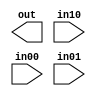
// ========== Copyright Header Begin ==========================================
// 
// OpenSPARC T2 Processor File: cl_u1.v
// Copyright (C) 1995-2007 Sun Microsystems, Inc. All Rights Reserved
// 4150 Network Circle, Santa Clara, California 95054, U.S.A.
//
// * DO NOT ALTER OR REMOVE COPYRIGHT NOTICES OR THIS FILE HEADER. 
//
// This program is free software; you can redistribute it and/or modify
// it under the terms of the GNU General Public License as published by
// the Free Software Foundation; version 2 of the License.
//
// This program is distributed in the hope that it will be useful,
// but WITHOUT ANY WARRANTY; without even the implied warranty of
// MERCHANTABILITY or FITNESS FOR A PARTICULAR PURPOSE.  See the
// GNU General Public License for more details.
//
// You should have received a copy of the GNU General Public License
// along with this program; if not, write to the Free Software
// Foundation, Inc., 59 Temple Place, Suite 330, Boston, MA  02111-1307  USA
// 
// For the avoidance of doubt, and except that if any non-GPL license 
// choice is available it will apply instead, Sun elects to use only 
// the General Public License version 2 (GPLv2) at this time for any 
// software where a choice of GPL license versions is made 
// available with the language indicating that GPLv2 or any later version 
// may be used, or where a choice of which version of the GPL is applied is 
// otherwise unspecified. 
//
// Please contact Sun Microsystems, Inc., 4150 Network Circle, Santa Clara, 
// CA 95054 USA or visit www.sun.com if you need additional information or 
// have any questions. 
// 
// ========== Copyright Header End ============================================
module cl_u1_aoi12_12x (
    out,
    in10,
    in00,
    in01 );

    output out;
    input  in10;
    input  in00;
    input  in01;

`ifdef LIB
    assign out = ~(( in10 ) | ( in00 & in01 ));
`endif

endmodule
// --------------------------------------------------
// Auto generated verilog module by HnBCellAuto
//
// By: balmiki
// --------------------------------------------------
// 
module cl_u1_aoi12_16x (
    out,
    in10,
    in00,
    in01 );

    output out;
    input  in10;
    input  in00;
    input  in01;

`ifdef LIB
    assign out = ~(( in10 ) | ( in00 & in01 ));
`endif

endmodule
// --------------------------------------------------
// Auto generated verilog module by HnBCellAuto
//
// By: balmiki
// --------------------------------------------------
// 
module cl_u1_aoi12_1x (
    out,
    in10,
    in00,
    in01 );

    output out;
    input  in10;
    input  in00;
    input  in01;

`ifdef LIB
    assign out = ~(( in10 ) | ( in00 & in01 ));
`endif

endmodule
// --------------------------------------------------
// Auto generated verilog module by HnBCellAuto
//
// By: balmiki
// --------------------------------------------------
// 
module cl_u1_aoi12_2x (
    out,
    in10,
    in00,
    in01 );

    output out;
    input  in10;
    input  in00;
    input  in01;

`ifdef LIB
    assign out = ~(( in10 ) | ( in00 & in01 ));
`endif

endmodule
// --------------------------------------------------
// Auto generated verilog module by HnBCellAuto
//
// By: balmiki
// --------------------------------------------------
// 
module cl_u1_aoi12_4x (
    out,
    in10,
    in00,
    in01 );

    output out;
    input  in10;
    input  in00;
    input  in01;

`ifdef LIB
    assign out = ~(( in10 ) | ( in00 & in01 ));
`endif

endmodule
// --------------------------------------------------
// Auto generated verilog module by HnBCellAuto
//
// By: balmiki
// --------------------------------------------------
// 
module cl_u1_aoi12_8x (
    out,
    in10,
    in00,
    in01 );

    output out;
    input  in10;
    input  in00;
    input  in01;

`ifdef LIB
    assign out = ~(( in10 ) | ( in00 & in01 ));
`endif

endmodule
// --------------------------------------------------
// Auto generated verilog module by HnBCellAuto
//
// By: balmiki
// --------------------------------------------------
// 
module cl_u1_aoi21_12x (
    out,
    in10,
    in11,
    in00 );

    output out;
    input  in10;
    input  in11;
    input  in00;

`ifdef LIB
    assign out = ~(( in10 & in11 ) | ( in00 ));
`endif

endmodule
// --------------------------------------------------
// Auto generated verilog module by HnBCellAuto
//
// By: balmiki
// --------------------------------------------------
// 
module cl_u1_aoi21_16x (
    out,
    in10,
    in11,
    in00 );

    output out;
    input  in10;
    input  in11;
    input  in00;

`ifdef LIB
    assign out = ~(( in10 & in11 ) | ( in00 ));
`endif

endmodule
// --------------------------------------------------
// Auto generated verilog module by HnBCellAuto
//
// By: balmiki
// --------------------------------------------------
// 
module cl_u1_aoi21_1x (
    out,
    in10,
    in11,
    in00 );

    output out;
    input  in10;
    input  in11;
    input  in00;

`ifdef LIB
    assign out = ~(( in10 & in11 ) | ( in00 ));
`endif

endmodule
// --------------------------------------------------
// Auto generated verilog module by HnBCellAuto
//
// By: balmiki
// --------------------------------------------------
// 
module cl_u1_aoi21_2x (
    out,
    in10,
    in11,
    in00 );

    output out;
    input  in10;
    input  in11;
    input  in00;

`ifdef LIB
    assign out = ~(( in10 & in11 ) | ( in00 ));
`endif

endmodule
// --------------------------------------------------
// Auto generated verilog module by HnBCellAuto
//
// By: balmiki
// --------------------------------------------------
// 
module cl_u1_aoi21_4x (
    out,
    in10,
    in11,
    in00 );

    output out;
    input  in10;
    input  in11;
    input  in00;

`ifdef LIB
    assign out = ~(( in10 & in11 ) | ( in00 ));
`endif

endmodule
// --------------------------------------------------
// Auto generated verilog module by HnBCellAuto
//
// By: balmiki
// --------------------------------------------------
// 
module cl_u1_aoi21_8x (
    out,
    in10,
    in11,
    in00 );

    output out;
    input  in10;
    input  in11;
    input  in00;

`ifdef LIB
    assign out = ~(( in10 & in11 ) | ( in00 ));
`endif

endmodule
// --------------------------------------------------
// Auto generated verilog module by HnBCellAuto
//
// By: balmiki
// --------------------------------------------------
// 
module cl_u1_aoi22_12x (
    out,
    in10,
    in11,
    in00,
    in01 );

    output out;
    input  in10;
    input  in11;
    input  in00;
    input  in01;

`ifdef LIB
    assign out = ~(( in10 & in11 ) | ( in00 & in01 ));
`endif

endmodule

// --------------------------------------------------
// Auto generated verilog module by HnBCellAuto
//
// By: balmiki
// --------------------------------------------------
// 
module cl_u1_aoi22_1x (
    out,
    in10,
    in11,
    in00,
    in01 );

    output out;
    input  in10;
    input  in11;
    input  in00;
    input  in01;

`ifdef LIB
    assign out = ~(( in10 & in11 ) | ( in00 & in01 ));
`endif

endmodule
// --------------------------------------------------
// Auto generated verilog module by HnBCellAuto
//
// By: balmiki
// --------------------------------------------------
// 
module cl_u1_aoi22_2x (
    out,
    in10,
    in11,
    in00,
    in01 );

    output out;
    input  in10;
    input  in11;
    input  in00;
    input  in01;

`ifdef LIB
    assign out = ~(( in10 & in11 ) | ( in00 & in01 ));
`endif

endmodule

//`ifdef FPGA
//`else

// --------------------------------------------------
// Auto generated verilog module by HnBCellAuto
//
// By: balmiki
// --------------------------------------------------
// 
module cl_u1_aoi22_4x (
    out,
    in10,
    in11,
    in00,
    in01 );

    output out;
    input  in10;
    input  in11;
    input  in00;
    input  in01;

`ifdef LIB
    assign out = ~(( in10 & in11 ) | ( in00 & in01 ));
`endif

endmodule
//`endif // `ifdef FPGA

// --------------------------------------------------
// Auto generated verilog module by HnBCellAuto
//
// By: balmiki
// --------------------------------------------------
// 
module cl_u1_aoi22_8x (
    out,
    in10,
    in11,
    in00,
    in01 );

    output out;
    input  in10;
    input  in11;
    input  in00;
    input  in01;

`ifdef LIB
    assign out = ~(( in10 & in11 ) | ( in00 & in01 ));
`endif

endmodule


// --------------------------------------------------
// Auto generated verilog module by HnBCellAuto
//
// By: balmiki
// --------------------------------------------------
// 
module cl_u1_aoi33_1x (
    out,
    in10,
    in11,
    in12,
    in00,
    in01,
    in02 );

    output out;
    input  in10;
    input  in11;
    input  in12;
    input  in00;
    input  in01;
    input  in02;

`ifdef LIB
    assign out = ~(( in10 & in11 & in12 ) | ( in00 & in01 & in02 ));
`endif

endmodule
// --------------------------------------------------
// Auto generated verilog module by HnBCellAuto
//
// By: balmiki
// --------------------------------------------------
// 
module cl_u1_aoi33_2x (
    out,
    in10,
    in11,
    in12,
    in00,
    in01,
    in02 );

    output out;
    input  in10;
    input  in11;
    input  in12;
    input  in00;
    input  in01;
    input  in02;

`ifdef LIB
    assign out = ~(( in10 & in11 & in12 ) | ( in00 & in01 & in02 ));
`endif

endmodule
// --------------------------------------------------
// Auto generated verilog module by HnBCellAuto
//
// By: balmiki
// --------------------------------------------------
// 
module cl_u1_aoi33_4x (
    out,
    in10,
    in11,
    in12,
    in00,
    in01,
    in02 );

    output out;
    input  in10;
    input  in11;
    input  in12;
    input  in00;
    input  in01;
    input  in02;

`ifdef LIB
    assign out = ~(( in10 & in11 & in12 ) | ( in00 & in01 & in02 ));
`endif

endmodule
// --------------------------------------------------
// Auto generated verilog module by HnBCellAuto
//
// By: balmiki
// --------------------------------------------------
// 
module cl_u1_aoi33_8x (
    out,
    in10,
    in11,
    in12,
    in00,
    in01,
    in02 );

    output out;
    input  in10;
    input  in11;
    input  in12;
    input  in00;
    input  in01;
    input  in02;

`ifdef LIB
    assign out = ~(( in10 & in11 & in12 ) | ( in00 & in01 & in02 ));
`endif

endmodule
module cl_u1_rep_lvt_32x (
in,
out
);
input	in;
output	out;

`ifdef LIB
//assign out = in;
buf (out, in);
`endif

endmodule
module cl_u1_rep_lvt_48x (
in,
out
);
input	in;
output	out;

`ifdef LIB
//assign out = in;
buf (out, in);
`endif

endmodule
module cl_u1_rep_32x (
in,
out
);
input	in;
output	out;

`ifdef LIB
//assign out = in;
buf (out, in);
`endif

endmodule
module cl_u1_rep_40x (
in,
out
);
input	in;
output	out;

`ifdef LIB
//assign out = in;
buf (out, in);
`endif

endmodule
module cl_u1_rep_24x (
in,
out
);
input	in;
output	out;

`ifdef LIB
//assign out = in;
buf (out, in);
`endif

endmodule
module cl_u1_rep_16x (
in,
out
);
input	in;
output	out;

`ifdef LIB
//assign out = in;
buf (out, in);
`endif

endmodule
module cl_u1_rep_8x (
in,
out
);
input	in;
output	out;

`ifdef LIB
//assign out = in;
buf (out, in);
`endif

endmodule
module cl_u1_rep_48x (
in,
out
);
input	in;
output	out;

`ifdef LIB
//assign out = in;
buf (out, in);
`endif

endmodule
module cl_u1_rep_dcp2x_32x (
in,
out
);
input	in;
output	out;

`ifdef LIB
//assign out = in;
buf (out, in);
`endif

endmodule

module cl_u1_rep_dcp2x_16x (
in,
out
);
input	in;
output	out;

`ifdef LIB
//assign out = in;
buf (out, in);
`endif

endmodule
module cl_u1_rep_dcp2x_24x (
in,
out
);
input	in;
output	out;

`ifdef LIB
//assign out = in;
buf (out, in);
`endif

endmodule
module cl_u1_rep_dcp2x_40x (
in,
out
);
input	in;
output	out;

`ifdef LIB
//assign out = in;
buf (out, in);
`endif

endmodule
module cl_u1_rep_dcp2x_48x (
in,
out
);
input	in;
output	out;

`ifdef LIB
//assign out = in;
buf (out, in);
`endif

endmodule
module cl_u1_rep_dcp_32x (
in,
out
);
input	in;
output	out;

`ifdef LIB
//assign out = in;
buf (out, in);
`endif

endmodule

module cl_u1_rep_dcp_16x (
in,
out
);
input	in;
output	out;

`ifdef LIB
//assign out = in;
buf (out, in);
`endif

endmodule
module cl_u1_rep_dcp_24x (
in,
out
);
input	in;
output	out;

`ifdef LIB
//assign out = in;
buf (out, in);
`endif

endmodule
module cl_u1_rep_dcp_40x (
in,
out
);
input	in;
output	out;

`ifdef LIB
//assign out = in;
buf (out, in);
`endif

endmodule
module cl_u1_rep_dcp_48x (
in,
out
);
input	in;
output	out;

`ifdef LIB
//assign out = in;
buf (out, in);
`endif

endmodule
module cl_u1_rep_dcp50k_48x (
in,
out
);
input	in;
output	out;

`ifdef LIB
//assign out = in;
buf (out, in);
`endif

endmodule
module cl_u1_rep_dcp50k_32x (
in,
out
);
input	in;
output	out;

`ifdef LIB
//assign out = in;
buf (out, in);
`endif

endmodule
module cl_u1_rep_dcp50k_40x (
in,
out
);
input	in;
output	out;

`ifdef LIB
//assign out = in;
buf (out, in);
`endif

endmodule

module cl_u1_buf_12x (
in,
out
);
input	in;
output	out;

`ifdef LIB
//assign out = in;
buf (out, in);
`endif

endmodule
//`ifdef FPGA
//`else

module cl_u1_buf_16x (
in,
out
);
input	in;
output	out;

`ifdef LIB
//assign out = in;
buf (out, in);
`endif

endmodule

//`endif // `ifdef FPGA

module cl_u1_buf_1x (
in,
out
);
input	in;
output	out;

`ifdef LIB
//assign out = in;
buf (out, in);
`endif

endmodule
module cl_u1_buf_20x (
in,
out
);
input	in;
output	out;

`ifdef LIB
//assign out = in;
buf (out, in);
`endif

endmodule
module cl_u1_buf_24x (
in,
out
);
input	in;
output	out;

`ifdef LIB
//assign out = in;
buf (out, in);
`endif

endmodule
module cl_u1_buf_28x (
in,
out
);
input	in;
output	out;

`ifdef LIB
//assign out = in;
buf (out, in);
`endif

endmodule
module cl_u1_buf_2x (
in,
out
);
input	in;
output	out;

`ifdef LIB
//assign out = in;
buf (out, in);
`endif

endmodule

//`ifdef FPGA
//`else

module cl_u1_buf_32x (
in,
out
);
input	in;
output	out;

`ifdef LIB
//assign out = in;
buf (out, in);
`endif

endmodule

//`endif // `ifdef FPGA


module cl_u1_buf_36x (
in,
out
);
input	in;
output	out;

`ifdef LIB
//assign out = in;
buf (out, in);
`endif

endmodule
module cl_u1_buf_40x (
in,
out
);
input	in;
output	out;

`ifdef LIB
//assign out = in;
buf (out, in);
`endif

endmodule
module cl_u1_buf_44x (
in,
out
);
input	in;
output	out;

`ifdef LIB
//assign out = in;
buf (out, in);
`endif

endmodule
module cl_u1_buf_48x (
in,
out
);
input	in;
output	out;

`ifdef LIB
//assign out = in;
buf (out, in);
`endif

endmodule
module cl_u1_buf_4x (
in,
out
);
input	in;
output	out;

`ifdef LIB
//assign out = in;
buf (out, in);
`endif

endmodule
module cl_u1_buf_56x (
in,
out
);
input	in;
output	out;

`ifdef LIB
//assign out = in;
buf (out, in);
`endif

endmodule
module cl_u1_buf_64x (
in,
out
);
input	in;
output	out;

`ifdef LIB
//assign out = in;
buf (out, in);
`endif

endmodule
module cl_u1_buf_6x (
in,
out
);
input	in;
output	out;

`ifdef LIB
//assign out = in;
buf (out, in);
`endif

endmodule

//`ifdef FPGA
//`else

module cl_u1_buf_8x (
in,
out
);
input	in;
output	out;

`ifdef LIB
//assign out = in;
buf (out, in);
`endif

endmodule
//`endif // `ifdef FPGA


module cl_u1_bufmin_15ps_32x (
in,
out
);
input	in;
output	out;

`ifdef LIB
//assign out = in;
buf (out, in);
`endif

endmodule
module cl_u1_bufmin_1x (
in,
out
);
input	in;
output	out;

`ifdef LIB
//assign out = in;
buf (out, in);
`endif

endmodule
module cl_u1_bufmin_4x (
in,
out
);
input	in;
output	out;

`ifdef LIB
//assign out = in;
buf (out, in);
`endif

endmodule
module cl_u1_bufmin_8x (
in,
out
);
input	in;
output	out;

`ifdef LIB
//assign out = in;
buf (out, in);
`endif

endmodule
module cl_u1_bufmin_16x (
in,
out
);
input	in;
output	out;

`ifdef LIB
//assign out = in;
buf (out, in);
`endif

endmodule
module cl_u1_bufmin_32x (
in,
out
);
input	in;
output	out;

`ifdef LIB
//assign out = in;
buf (out, in);
`endif

endmodule
module cl_u1_csa32_16x (
in0,
in1,
in2,
carry,
sum
);
input 	in0;
input 	in1;
input 	in2;
output 	carry;
output 	sum;

`ifdef LIB
  assign carry = (in0 & in1) | (in0 & in2) | (in1 & in2);
  assign sum = (in0 ^ in1 ^ in2);
`endif

endmodule
module cl_u1_csa32_4x (
in0,
in1,
in2,
carry,
sum
);
input 	in0;
input 	in1;
input 	in2;
output 	carry;
output 	sum;

`ifdef LIB
  assign carry = (in0 & in1) | (in0 & in2) | (in1 & in2);
  assign sum = (in0 ^ in1 ^ in2);
`endif

endmodule
module cl_u1_csa32_8x (
in0,
in1,
in2,
carry,
sum
);
input 	in0;
input 	in1;
input 	in2;
output 	carry;
output 	sum;

`ifdef LIB
  assign carry = (in0 & in1) | (in0 & in2) | (in1 & in2);
  assign sum = (in0 ^ in1 ^ in2);
`endif

endmodule
module cl_u1_csa42_16x (
in0,
in1,
in2,
in3,
cin,
cout,
carry,
sum
);
input 	in0;
input 	in1;
input 	in2;
input 	in3;
input   cin;
output  cout;
output 	carry;
output 	sum;

`ifdef LIB
  assign cout  = (in1 & in2) | (in0 & in2) | (in0 & in1);

  assign sum   = (~in0 & ~in1 & ~in2 & ~in3 &  cin) |
                 (~in0 & ~in1 & ~in2 &  in3 & ~cin) |
                 (~in0 & ~in1 &  in2 & ~in3 & ~cin) |
                 (~in0 & ~in1 &  in2 &  in3 &  cin) |

                 (~in0 &  in1 & ~in2 & ~in3 & ~cin) |
                 (~in0 &  in1 & ~in2 &  in3 &  cin) |
                 (~in0 &  in1 &  in2 & ~in3 &  cin) |
                 (~in0 &  in1 &  in2 &  in3 & ~cin) |

                 ( in0 & ~in1 & ~in2 & ~in3 & ~cin) |
                 ( in0 & ~in1 & ~in2 &  in3 &  cin) |
                 ( in0 & ~in1 &  in2 & ~in3 &  cin) |
                 ( in0 & ~in1 &  in2 &  in3 & ~cin) |

                 ( in0 &  in1 & ~in2 & ~in3 &  cin) |
                 ( in0 &  in1 & ~in2 &  in3 & ~cin) |
                 ( in0 &  in1 &  in2 & ~in3 & ~cin) |
                 ( in0 &  in1 &  in2 &  in3 &  cin);

  assign carry = (~in0 & ~in1 & ~in2 & ~in3 & 1'b0) |
                 (~in0 & ~in1 & ~in2 &  in3 &  cin) |
                 (~in0 & ~in1 &  in2 & ~in3 &  cin) |
                 (~in0 & ~in1 &  in2 &  in3 & 1'b1) |

                 (~in0 &  in1 & ~in2 & ~in3 &  cin) |
                 (~in0 &  in1 & ~in2 &  in3 & 1'b1) |
                 (~in0 &  in1 &  in2 & ~in3 & 1'b0) |
                 (~in0 &  in1 &  in2 &  in3 &  cin) |

                 ( in0 & ~in1 & ~in2 & ~in3 &  cin) |
                 ( in0 & ~in1 & ~in2 &  in3 & 1'b1) |
                 ( in0 & ~in1 &  in2 & ~in3 & 1'b0) |
                 ( in0 & ~in1 &  in2 &  in3 &  cin) |

                 ( in0 &  in1 & ~in2 & ~in3 & 1'b0) |
                 ( in0 &  in1 & ~in2 &  in3 &  cin) |
                 ( in0 &  in1 &  in2 & ~in3 &  cin) |
                 ( in0 &  in1 &  in2 &  in3 & 1'b1);



`endif

endmodule
module cl_u1_csa42_4x (
in0,
in1,
in2,
in3,
cin,
cout,
carry,
sum
);
input 	in0;
input 	in1;
input 	in2;
input 	in3;
input   cin;
output  cout;
output 	carry;
output 	sum;

`ifdef LIB
  assign cout  = (in1 & in2) | (in0 & in2) | (in0 & in1);

  assign sum   = (~in0 & ~in1 & ~in2 & ~in3 &  cin) |
                 (~in0 & ~in1 & ~in2 &  in3 & ~cin) |
                 (~in0 & ~in1 &  in2 & ~in3 & ~cin) |
                 (~in0 & ~in1 &  in2 &  in3 &  cin) |

                 (~in0 &  in1 & ~in2 & ~in3 & ~cin) |
                 (~in0 &  in1 & ~in2 &  in3 &  cin) |
                 (~in0 &  in1 &  in2 & ~in3 &  cin) |
                 (~in0 &  in1 &  in2 &  in3 & ~cin) |

                 ( in0 & ~in1 & ~in2 & ~in3 & ~cin) |
                 ( in0 & ~in1 & ~in2 &  in3 &  cin) |
                 ( in0 & ~in1 &  in2 & ~in3 &  cin) |
                 ( in0 & ~in1 &  in2 &  in3 & ~cin) |

                 ( in0 &  in1 & ~in2 & ~in3 &  cin) |
                 ( in0 &  in1 & ~in2 &  in3 & ~cin) |
                 ( in0 &  in1 &  in2 & ~in3 & ~cin) |
                 ( in0 &  in1 &  in2 &  in3 &  cin);

  assign carry = (~in0 & ~in1 & ~in2 & ~in3 & 1'b0) |
                 (~in0 & ~in1 & ~in2 &  in3 &  cin) |
                 (~in0 & ~in1 &  in2 & ~in3 &  cin) |
                 (~in0 & ~in1 &  in2 &  in3 & 1'b1) |

                 (~in0 &  in1 & ~in2 & ~in3 &  cin) |
                 (~in0 &  in1 & ~in2 &  in3 & 1'b1) |
                 (~in0 &  in1 &  in2 & ~in3 & 1'b0) |
                 (~in0 &  in1 &  in2 &  in3 &  cin) |

                 ( in0 & ~in1 & ~in2 & ~in3 &  cin) |
                 ( in0 & ~in1 & ~in2 &  in3 & 1'b1) |
                 ( in0 & ~in1 &  in2 & ~in3 & 1'b0) |
                 ( in0 & ~in1 &  in2 &  in3 &  cin) |

                 ( in0 &  in1 & ~in2 & ~in3 & 1'b0) |
                 ( in0 &  in1 & ~in2 &  in3 &  cin) |
                 ( in0 &  in1 &  in2 & ~in3 &  cin) |
                 ( in0 &  in1 &  in2 &  in3 & 1'b1);



`endif

endmodule
module cl_u1_csa42_8x (
in0,
in1,
in2,
in3,
cin,
cout,
carry,
sum
);
input 	in0;
input 	in1;
input 	in2;
input 	in3;
input   cin;
output  cout;
output 	carry;
output 	sum;

`ifdef LIB
  assign cout  = (in1 & in2) | (in0 & in2) | (in0 & in1);

  assign sum   = (~in0 & ~in1 & ~in2 & ~in3 &  cin) |
                 (~in0 & ~in1 & ~in2 &  in3 & ~cin) |
                 (~in0 & ~in1 &  in2 & ~in3 & ~cin) |
                 (~in0 & ~in1 &  in2 &  in3 &  cin) |

                 (~in0 &  in1 & ~in2 & ~in3 & ~cin) |
                 (~in0 &  in1 & ~in2 &  in3 &  cin) |
                 (~in0 &  in1 &  in2 & ~in3 &  cin) |
                 (~in0 &  in1 &  in2 &  in3 & ~cin) |

                 ( in0 & ~in1 & ~in2 & ~in3 & ~cin) |
                 ( in0 & ~in1 & ~in2 &  in3 &  cin) |
                 ( in0 & ~in1 &  in2 & ~in3 &  cin) |
                 ( in0 & ~in1 &  in2 &  in3 & ~cin) |

                 ( in0 &  in1 & ~in2 & ~in3 &  cin) |
                 ( in0 &  in1 & ~in2 &  in3 & ~cin) |
                 ( in0 &  in1 &  in2 & ~in3 & ~cin) |
                 ( in0 &  in1 &  in2 &  in3 &  cin);

  assign carry = (~in0 & ~in1 & ~in2 & ~in3 & 1'b0) |
                 (~in0 & ~in1 & ~in2 &  in3 &  cin) |
                 (~in0 & ~in1 &  in2 & ~in3 &  cin) |
                 (~in0 & ~in1 &  in2 &  in3 & 1'b1) |

                 (~in0 &  in1 & ~in2 & ~in3 &  cin) |
                 (~in0 &  in1 & ~in2 &  in3 & 1'b1) |
                 (~in0 &  in1 &  in2 & ~in3 & 1'b0) |
                 (~in0 &  in1 &  in2 &  in3 &  cin) |

                 ( in0 & ~in1 & ~in2 & ~in3 &  cin) |
                 ( in0 & ~in1 & ~in2 &  in3 & 1'b1) |
                 ( in0 & ~in1 &  in2 & ~in3 & 1'b0) |
                 ( in0 & ~in1 &  in2 &  in3 &  cin) |

                 ( in0 &  in1 & ~in2 & ~in3 & 1'b0) |
                 ( in0 &  in1 & ~in2 &  in3 &  cin) |
                 ( in0 &  in1 &  in2 & ~in3 &  cin) |
                 ( in0 &  in1 &  in2 &  in3 & 1'b1);



`endif

endmodule
module cl_u1_inv_12x (
in,
out
);
input	in;
output	out;

`ifdef LIB
//assign out = ~in;
not (out, in);
`endif

endmodule

//`ifdef FPGA
//`else

module cl_u1_inv_16x (
in,
out
);
input	in;
output	out;

`ifdef LIB
//assign out = ~in;
not (out, in);
`endif

endmodule
//`endif // `ifdef FPGA

module cl_u1_inv_1x (
in,
out
);
input	in;
output	out;

`ifdef LIB
//assign out = ~in;
not (out, in);
`endif

endmodule
module cl_u1_inv_20x (
in,
out
);
input	in;
output	out;

`ifdef LIB
//assign out = ~in;
not (out, in);
`endif

endmodule
module cl_u1_inv_24x (
in,
out
);
input	in;
output	out;

`ifdef LIB
//assign out = ~in;
not (out, in);
`endif

endmodule
module cl_u1_inv_28x (
in,
out
);
input	in;
output	out;

`ifdef LIB
//assign out = ~in;
not (out, in);
`endif

endmodule
module cl_u1_inv_2x (
in,
out
);
input	in;
output	out;

`ifdef LIB
//assign out = ~in;
not (out, in);
`endif

endmodule

//`ifdef FPGA
//`else

module cl_u1_inv_32x (
in,
out
);
input	in;
output	out;

`ifdef LIB
//assign out = ~in;
not (out, in);
`endif

endmodule

//`endif // `ifdef FPGA


module cl_u1_inv_36x (
in,
out
);
input	in;
output	out;

`ifdef LIB
//assign out = ~in;
not (out, in);
`endif

endmodule
module cl_u1_inv_40x (
in,
out
);
input	in;
output	out;

`ifdef LIB
//assign out = ~in;
not (out, in);
`endif

endmodule
module cl_u1_inv_44x (
in,
out
);
input	in;
output	out;

`ifdef LIB
//assign out = ~in;
not (out, in);
`endif

endmodule
module cl_u1_inv_48x (
in,
out
);
input	in;
output	out;

`ifdef LIB
//assign out = ~in;
not (out, in);
`endif

endmodule
module cl_u1_inv_4x (
in,
out
);
input	in;
output	out;

`ifdef LIB
//assign out = ~in;
not (out, in);
`endif

endmodule
module cl_u1_inv_56x (
in,
out
);
input	in;
output	out;

`ifdef LIB
//assign out = ~in;
not (out, in);
`endif

endmodule
module cl_u1_inv_64x (
in,
out
);
input	in;
output	out;

`ifdef LIB
//assign out = ~in;
not (out, in);
`endif

endmodule
module cl_u1_inv_6x (
in,
out
);
input	in;
output	out;

`ifdef LIB
//assign out = ~in;
not (out, in);
`endif

endmodule

//`ifdef FPGA
//`else

module cl_u1_inv_8x (
in,
out
);
input	in;
output	out;

`ifdef LIB
//assign out = ~in;
not (out, in);
`endif

endmodule

//`endif // `ifdef FPGA


module cl_u1_nand2_12x (
in0,
in1,
out
);
input	in0;
input	in1;
output	out;

`ifdef LIB
assign out = ~(in0 & in1);
`endif

endmodule

//`ifdef FPGA
//`else

module cl_u1_nand2_16x (
in0,
in1,
out
);
input	in0;
input	in1;
output	out;

`ifdef LIB
assign out = ~(in0 & in1);
`endif

endmodule

//`endif // `ifdef FPGA


module cl_u1_nand2_1x (
in0,
in1,
out
);
input	in0;
input	in1;
output	out;

`ifdef LIB
assign out = ~(in0 & in1);
`endif

endmodule
module cl_u1_nand2_20x (
in0,
in1,
out
);
input	in0;
input	in1;
output	out;

`ifdef LIB
assign out = ~(in0 & in1);
`endif

endmodule
module cl_u1_nand2_24x (
in0,
in1,
out
);
input	in0;
input	in1;
output	out;

`ifdef LIB
assign out = ~(in0 & in1);
`endif

endmodule
module cl_u1_nand2_28x (
in0,
in1,
out
);
input	in0;
input	in1;
output	out;

`ifdef LIB
assign out = ~(in0 & in1);
`endif

endmodule
module cl_u1_nand2_2x (
in0,
in1,
out
);
input	in0;
input	in1;
output	out;

`ifdef LIB
assign out = ~(in0 & in1);
`endif

endmodule
module cl_u1_nand2_32x (
in0,
in1,
out
);
input	in0;
input	in1;
output	out;

`ifdef LIB
assign out = ~(in0 & in1);
`endif

endmodule
module cl_u1_nand2_4x (
in0,
in1,
out
);
input	in0;
input	in1;
output	out;

`ifdef LIB
assign out = ~(in0 & in1);
`endif

endmodule
module cl_u1_nand2_6x (
in0,
in1,
out
);
input	in0;
input	in1;
output	out;

`ifdef LIB
assign out = ~(in0 & in1);
`endif

endmodule

//`ifdef FPGA
//`else

module cl_u1_nand2_8x (
in0,
in1,
out
);
input	in0;
input	in1;
output	out;

`ifdef LIB
assign out = ~(in0 & in1);
`endif

endmodule

//`endif // `ifdef FPGA


module cl_u1_nand3_12x (
in0,
in1,
in2,
out
);
input	in0;
input	in1;
input	in2;
output	out;

`ifdef LIB
assign out = ~(in0 & in1 & in2);
`endif

endmodule
module cl_u1_nand3_16x (
in0,
in1,
in2,
out
);
input	in0;
input	in1;
input	in2;
output	out;

`ifdef LIB
assign out = ~(in0 & in1 & in2);
`endif

endmodule
module cl_u1_nand3_1x (
in0,
in1,
in2,
out
);
input	in0;
input	in1;
input	in2;
output	out;

`ifdef LIB
assign out = ~(in0 & in1 & in2);
`endif

endmodule
module cl_u1_nand3_20x (
in0,
in1,
in2,
out
);
input	in0;
input	in1;
input	in2;
output	out;

`ifdef LIB
assign out = ~(in0 & in1 & in2);
`endif

endmodule
module cl_u1_nand3_24x (
in0,
in1,
in2,
out
);
input	in0;
input	in1;
input	in2;
output	out;

`ifdef LIB
assign out = ~(in0 & in1 & in2);
`endif

endmodule

module cl_u1_nand3_2x (
in0,
in1,
in2,
out
);
input	in0;
input	in1;
input	in2;
output	out;

`ifdef LIB
assign out = ~(in0 & in1 & in2);
`endif

endmodule

module cl_u1_nand3_4x (
in0,
in1,
in2,
out
);
input	in0;
input	in1;
input	in2;
output	out;

`ifdef LIB
assign out = ~(in0 & in1 & in2);
`endif

endmodule
module cl_u1_nand3_6x (
in0,
in1,
in2,
out
);
input	in0;
input	in1;
input	in2;
output	out;

`ifdef LIB
assign out = ~(in0 & in1 & in2);
`endif

endmodule

//`ifdef FPGA
//`else

module cl_u1_nand3_8x (
in0,
in1,
in2,
out
);
input	in0;
input	in1;
input	in2;
output	out;

`ifdef LIB
assign out = ~(in0 & in1 & in2);
`endif

endmodule

//`endif // `ifdef FPGA



module cl_u1_nand4_12x (
in0,
in1,
in2,
in3,
out
);
input	in0;
input	in1;
input	in2;
input	in3;
output	out;

`ifdef LIB
assign out = ~(in0 & in1 & in2 & in3);
`endif

endmodule
module cl_u1_nand4_16x (
in0,
in1,
in2,
in3,
out
);
input	in0;
input	in1;
input	in2;
input	in3;
output	out;

`ifdef LIB
assign out = ~(in0 & in1 & in2 & in3);
`endif

endmodule
module cl_u1_nand4_1x (
in0,
in1,
in2,
in3,
out
);
input	in0;
input	in1;
input	in2;
input	in3;
output	out;

`ifdef LIB
assign out = ~(in0 & in1 & in2 & in3);
`endif

endmodule


module cl_u1_nand4_2x (
in0,
in1,
in2,
in3,
out
);
input	in0;
input	in1;
input	in2;
input	in3;
output	out;

`ifdef LIB
assign out = ~(in0 & in1 & in2 & in3);
`endif

endmodule

module cl_u1_nand4_4x (
in0,
in1,
in2,
in3,
out
);
input	in0;
input	in1;
input	in2;
input	in3;
output	out;

`ifdef LIB
assign out = ~(in0 & in1 & in2 & in3);
`endif

endmodule
module cl_u1_nand4_6x (
in0,
in1,
in2,
in3,
out
);
input	in0;
input	in1;
input	in2;
input	in3;
output	out;

`ifdef LIB
assign out = ~(in0 & in1 & in2 & in3);
`endif

endmodule
module cl_u1_nand4_8x (
in0,
in1,
in2,
in3,
out
);
input	in0;
input	in1;
input	in2;
input	in3;
output	out;

`ifdef LIB
assign out = ~(in0 & in1 & in2 & in3);
`endif

endmodule
module cl_u1_nor2_12x (
in0,
in1,
out
);
input	in0;
input	in1;
output	out;

`ifdef LIB
assign out = ~(in0 | in1);
`endif

endmodule

//`ifdef FPGA
//`else

module cl_u1_nor2_16x (
in0,
in1,
out
);
input	in0;
input	in1;
output	out;

`ifdef LIB
assign out = ~(in0 | in1);
`endif

endmodule

//`endif // `ifdef FPGA


module cl_u1_nor2_1x (
in0,
in1,
out
);
input	in0;
input	in1;
output	out;

`ifdef LIB
assign out = ~(in0 | in1);
`endif

endmodule
module cl_u1_nor2_2x (
in0,
in1,
out
);
input	in0;
input	in1;
output	out;

`ifdef LIB
assign out = ~(in0 | in1);
`endif

endmodule
module cl_u1_nor2_4x (
in0,
in1,
out
);
input	in0;
input	in1;
output	out;

`ifdef LIB
assign out = ~(in0 | in1);
`endif

endmodule
module cl_u1_nor2_6x (
in0,
in1,
out
);
input	in0;
input	in1;
output	out;

`ifdef LIB
assign out = ~(in0 | in1);
`endif

endmodule
module cl_u1_nor2_8x (
in0,
in1,
out
);
input	in0;
input	in1;
output	out;

`ifdef LIB
assign out = ~(in0 | in1);
`endif

endmodule
module cl_u1_nor3_1x (
in0,
in1,
in2,
out
);
input	in0;
input	in1;
input	in2;
output	out;

`ifdef LIB
assign out = ~(in0 | in1 | in2);
`endif

endmodule
module cl_u1_nor3_2x (
in0,
in1,
in2,
out
);
input	in0;
input	in1;
input	in2;
output	out;

`ifdef LIB
assign out = ~(in0 | in1 | in2);
`endif

endmodule

//`ifdef FPGA
//`else

module cl_u1_nor3_4x (
in0,
in1,
in2,
out
);
input	in0;
input	in1;
input	in2;
output	out;

`ifdef LIB
assign out = ~(in0 | in1 | in2);
`endif

endmodule

//`endif // `ifdef FPGA


// --------------------------------------------------
// Auto generated verilog module by HnBCellAuto
//
// By: balmiki
// --------------------------------------------------
// 
module cl_u1_oai12_12x (
    out,
    in10,
    in00,
    in01 );

    output out;
    input  in10;
    input  in00;
    input  in01;

`ifdef LIB
    assign out = ~(( in10 ) & ( in00 | in01 ));
`endif

endmodule
// --------------------------------------------------
// Auto generated verilog module by HnBCellAuto
//
// By: balmiki
// --------------------------------------------------
// 
module cl_u1_oai12_16x (
    out,
    in10,
    in00,
    in01 );

    output out;
    input  in10;
    input  in00;
    input  in01;

`ifdef LIB
    assign out = ~(( in10 ) & ( in00 | in01 ));
`endif

endmodule
// --------------------------------------------------
// Auto generated verilog module by HnBCellAuto
//
// By: balmiki
// --------------------------------------------------
// 
module cl_u1_oai12_1x (
    out,
    in10,
    in00,
    in01 );

    output out;
    input  in10;
    input  in00;
    input  in01;

`ifdef LIB
    assign out = ~(( in10 ) & ( in00 | in01 ));
`endif

endmodule
// --------------------------------------------------
// Auto generated verilog module by HnBCellAuto
//
// By: balmiki
// --------------------------------------------------
// 
module cl_u1_oai12_2x (
    out,
    in10,
    in00,
    in01 );

    output out;
    input  in10;
    input  in00;
    input  in01;

`ifdef LIB
    assign out = ~(( in10 ) & ( in00 | in01 ));
`endif

endmodule
// --------------------------------------------------
// Auto generated verilog module by HnBCellAuto
//
// By: balmiki
// --------------------------------------------------
// 
module cl_u1_oai12_4x (
    out,
    in10,
    in00,
    in01 );

    output out;
    input  in10;
    input  in00;
    input  in01;

`ifdef LIB
    assign out = ~(( in10 ) & ( in00 | in01 ));
`endif

endmodule
// --------------------------------------------------
// Auto generated verilog module by HnBCellAuto
//
// By: balmiki
// --------------------------------------------------
// 
module cl_u1_oai12_8x (
    out,
    in10,
    in00,
    in01 );

    output out;
    input  in10;
    input  in00;
    input  in01;

`ifdef LIB
    assign out = ~(( in10 ) & ( in00 | in01 ));
`endif

endmodule
// --------------------------------------------------
// Auto generated verilog module by HnBCellAuto
//
// By: balmiki
// --------------------------------------------------
// 
module cl_u1_oai21_12x (
    out,
    in10,
    in11,
    in00 );

    output out;
    input  in10;
    input  in11;
    input  in00;

`ifdef LIB
    assign out = ~(( in10 | in11 ) & ( in00 ));
`endif

endmodule
// --------------------------------------------------
// Auto generated verilog module by HnBCellAuto
//
// By: balmiki
// --------------------------------------------------
// 
module cl_u1_oai21_16x (
    out,
    in10,
    in11,
    in00 );

    output out;
    input  in10;
    input  in11;
    input  in00;

`ifdef LIB
    assign out = ~(( in10 | in11 ) & ( in00 ));
`endif

endmodule
// --------------------------------------------------
// Auto generated verilog module by HnBCellAuto
//
// By: balmiki
// --------------------------------------------------
// 
module cl_u1_oai21_1x (
    out,
    in10,
    in11,
    in00 );

    output out;
    input  in10;
    input  in11;
    input  in00;

`ifdef LIB
    assign out = ~(( in10 | in11 ) & ( in00 ));
`endif

endmodule
// --------------------------------------------------
// Auto generated verilog module by HnBCellAuto
//
// By: balmiki
// --------------------------------------------------
// 
module cl_u1_oai21_2x (
    out,
    in10,
    in11,
    in00 );

    output out;
    input  in10;
    input  in11;
    input  in00;

`ifdef LIB
    assign out = ~(( in10 | in11 ) & ( in00 ));
`endif

endmodule
// --------------------------------------------------
// Auto generated verilog module by HnBCellAuto
//
// By: balmiki
// --------------------------------------------------
// 
module cl_u1_oai21_4x (
    out,
    in10,
    in11,
    in00 );

    output out;
    input  in10;
    input  in11;
    input  in00;

`ifdef LIB
    assign out = ~(( in10 | in11 ) & ( in00 ));
`endif

endmodule
// --------------------------------------------------
// Auto generated verilog module by HnBCellAuto
//
// By: balmiki
// --------------------------------------------------
// 
module cl_u1_oai21_8x (
    out,
    in10,
    in11,
    in00 );

    output out;
    input  in10;
    input  in11;
    input  in00;

`ifdef LIB
    assign out = ~(( in10 | in11 ) & ( in00 ));
`endif

endmodule
// --------------------------------------------------
// Auto generated verilog module by HnBCellAuto
//
// By: balmiki
// --------------------------------------------------
// 
module cl_u1_oai22_12x (
    out,
    in10,
    in11,
    in00,
    in01 );

    output out;
    input  in10;
    input  in11;
    input  in00;
    input  in01;

`ifdef LIB
    assign out = ~(( in10 | in11 ) & ( in00 | in01 ));
`endif

endmodule
// --------------------------------------------------
// Auto generated verilog module by HnBCellAuto
//
// By: balmiki
// --------------------------------------------------
// 
module cl_u1_oai22_16x (
    out,
    in10,
    in11,
    in00,
    in01 );

    output out;
    input  in10;
    input  in11;
    input  in00;
    input  in01;

`ifdef LIB
    assign out = ~(( in10 | in11 ) & ( in00 | in01 ));
`endif

endmodule
// --------------------------------------------------
// Auto generated verilog module by HnBCellAuto
//
// By: balmiki
// --------------------------------------------------
// 
module cl_u1_oai22_1x (
    out,
    in10,
    in11,
    in00,
    in01 );

    output out;
    input  in10;
    input  in11;
    input  in00;
    input  in01;

`ifdef LIB
    assign out = ~(( in10 | in11 ) & ( in00 | in01 ));
`endif

endmodule
// --------------------------------------------------
// Auto generated verilog module by HnBCellAuto
//
// By: balmiki
// --------------------------------------------------
// 
module cl_u1_oai22_2x (
    out,
    in10,
    in11,
    in00,
    in01 );

    output out;
    input  in10;
    input  in11;
    input  in00;
    input  in01;

`ifdef LIB
    assign out = ~(( in10 | in11 ) & ( in00 | in01 ));
`endif

endmodule

//`ifdef FPGA
//`else

// --------------------------------------------------
// Auto generated verilog module by HnBCellAuto
//
// By: balmiki
// --------------------------------------------------
// 
module cl_u1_oai22_4x (
    out,
    in10,
    in11,
    in00,
    in01 );

    output out;
    input  in10;
    input  in11;
    input  in00;
    input  in01;

`ifdef LIB
    assign out = ~(( in10 | in11 ) & ( in00 | in01 ));
`endif

endmodule

//`endif // `ifdef FPGA

// --------------------------------------------------
// Auto generated verilog module by HnBCellAuto
//
// By: balmiki
// --------------------------------------------------
// 
module cl_u1_oai22_8x (
    out,
    in10,
    in11,
    in00,
    in01 );

    output out;
    input  in10;
    input  in11;
    input  in00;
    input  in01;

`ifdef LIB
    assign out = ~(( in10 | in11 ) & ( in00 | in01 ));
`endif

endmodule
module cl_u1_xnor2_16x (
in0,
in1,
out
);
input	in0;
input	in1;
output	out;

`ifdef LIB
assign out = ~(in0 ^ in1);
`endif

endmodule

module cl_u1_xnor2_1x (
in0,
in1,
out
);
input	in0;
input	in1;
output	out;

`ifdef LIB
assign out = ~(in0 ^ in1);
`endif

endmodule
module cl_u1_xnor2_2x (
in0,
in1,
out
);
input	in0;
input	in1;
output	out;

`ifdef LIB
assign out = ~(in0 ^ in1);
`endif

endmodule
module cl_u1_xnor2_4x (
in0,
in1,
out
);
input	in0;
input	in1;
output	out;

`ifdef LIB
assign out = ~(in0 ^ in1);
`endif

endmodule
module cl_u1_xnor2_6x (
in0,
in1,
out
);
input	in0;
input	in1;
output	out;

`ifdef LIB
assign out = ~(in0 ^ in1);
`endif

endmodule
module cl_u1_xnor2_8x (
in0,
in1,
out
);
input	in0;
input	in1;
output	out;

`ifdef LIB
assign out = ~(in0 ^ in1);
`endif

endmodule

module cl_u1_xnor3_16x (
in0,
in1,
in2,
out
);
input	in0;
input	in1;
input	in2;
output	out;

`ifdef LIB
assign out = ~(in0 ^ in1 ^ in2);
`endif



endmodule
module cl_u1_xnor3_1x (
in0,
in1,
in2,
out
);
input	in0;
input	in1;
input	in2;
output	out;

`ifdef LIB
assign out = ~(in0 ^ in1 ^ in2);
`endif



endmodule
module cl_u1_xnor3_2x (
in0,
in1,
in2,
out
);
input	in0;
input	in1;
input	in2;
output	out;

`ifdef LIB
assign out = ~(in0 ^ in1 ^ in2);
`endif



endmodule
module cl_u1_xnor3_4x (
in0,
in1,
in2,
out
);
input	in0;
input	in1;
input	in2;
output	out;

`ifdef LIB
assign out = ~(in0 ^ in1 ^ in2);
`endif



endmodule
module cl_u1_xnor3_6x (
in0,
in1,
in2,
out
);
input	in0;
input	in1;
input	in2;
output	out;

`ifdef LIB
assign out = ~(in0 ^ in1 ^ in2);
`endif



endmodule
module cl_u1_xnor3_8x (
in0,
in1,
in2,
out
);
input	in0;
input	in1;
input	in2;
output	out;

`ifdef LIB
assign out = ~(in0 ^ in1 ^ in2);
`endif



endmodule
module cl_u1_xor2_16x (
in0,
in1,
out
);
input	in0;
input	in1;
output	out;

`ifdef LIB
assign out = in0 ^ in1;
`endif

endmodule

module cl_u1_xor2_1x (
in0,
in1,
out
);
input	in0;
input	in1;
output	out;

`ifdef LIB
assign out = in0 ^ in1;
`endif

endmodule
module cl_u1_xor2_2x (
in0,
in1,
out
);
input	in0;
input	in1;
output	out;

`ifdef LIB
assign out = in0 ^ in1;
`endif

endmodule
module cl_u1_xor2_4x (
in0,
in1,
out
);
input	in0;
input	in1;
output	out;

`ifdef LIB
assign out = in0 ^ in1;
`endif

endmodule
module cl_u1_xor2_6x (
in0,
in1,
out
);
input	in0;
input	in1;
output	out;

`ifdef LIB
assign out = in0 ^ in1;
`endif

endmodule
module cl_u1_xor2_8x (
in0,
in1,
out
);
input	in0;
input	in1;
output	out;

`ifdef LIB
assign out = in0 ^ in1;
`endif

endmodule
module cl_u1_xor3_16x (
in0,
in1,
in2,
out
);
input	in0;
input	in1;
input	in2;
output	out;

`ifdef LIB
assign out = in0 ^ in1 ^ in2;
`endif


endmodule

module cl_u1_xor3_1x (
in0,
in1,
in2,
out
);
input	in0;
input	in1;
input	in2;
output	out;

`ifdef LIB
assign out = in0 ^ in1 ^ in2;
`endif


endmodule
module cl_u1_xor3_2x (
in0,
in1,
in2,
out
);
input	in0;
input	in1;
input	in2;
output	out;

`ifdef LIB
assign out = in0 ^ in1 ^ in2;
`endif


endmodule
module cl_u1_xor3_4x (
in0,
in1,
in2,
out
);
input	in0;
input	in1;
input	in2;
output	out;

`ifdef LIB
assign out = in0 ^ in1 ^ in2;
`endif


endmodule
module cl_u1_xor3_6x (
in0,
in1,
in2,
out
);
input	in0;
input	in1;
input	in2;
output	out;

`ifdef LIB
assign out = in0 ^ in1 ^ in2;
`endif


endmodule
module cl_u1_xor3_8x (
in0,
in1,
in2,
out
);
input	in0;
input	in1;
input	in2;
output	out;

`ifdef LIB
assign out = in0 ^ in1 ^ in2;
`endif


endmodule

module cl_u1_clkchp_4x ( 
   tck, 
   aclk,
   bclk
);
input tck;
output aclk;
output bclk;


`ifdef LIB
  reg    chop_aclk, chop_bclk;

   always @(posedge tck) begin
      chop_aclk = 1'b1;
      #5 chop_aclk = 1'b0;
   end
   always @(negedge tck) begin
      chop_bclk = 1'b1;
      #5 chop_bclk = 1'b0;
   end
    
   assign aclk = chop_aclk;
   assign bclk = chop_bclk;
`endif 

endmodule

module cl_u1_muxprotect_2x (
d0,
d1,
d2,
d3,
scan_en,
e0,
e1,
e2,
e3
);
input d0;
input d1;
input d2;
input d3;
input scan_en;
output e0;
output e1;
output e2;
output e3;

`ifdef LIB
assign e0 = scan_en | d0;
assign e1= ~scan_en & d1;
assign e2= ~scan_en & d2;
assign e3= ~scan_en & d3;
`endif

endmodule